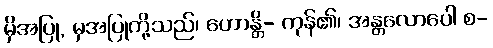
မှိအပြု, မှအပြုတို့သည်၊ ဟောန္တိ- ကုန်၏၊ အန္တလောပေါ စ-